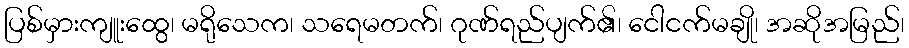
ပြစ်မှားကျူးထွေ၊ မရိုသေက၊ သရေမတက်၊ ဂုဏ်ရည်ပျက်၏၊ ငေါငက်မချို၊ အဆိုအမြည်၊